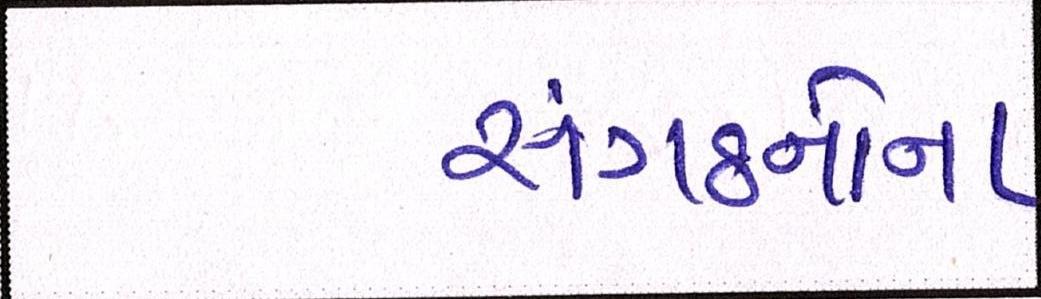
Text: સંગઠનોના